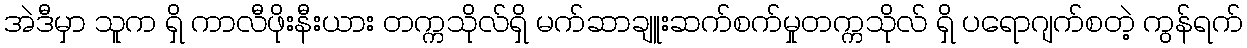
အဲဒီမှာ သူက ရှိ ကာလီဖိုးနီးယား တက္ကသိုလ်ရှိ မက်ဆာချူးဆက်စက်မှုတက္ကသိုလ် ရှိ ပရောဂျက်စတဲ့ ကွန်ရက်